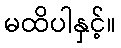
မထိပါနှင့်။